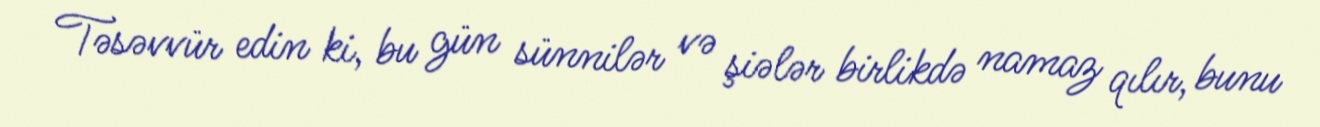
Təsəvvür edin ki, bu gün sünnilər və şiələr birlikdə namaz qılır, bunu